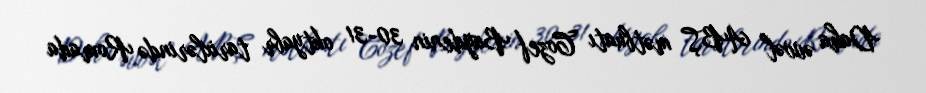
Daha əvvəl ABŞ mətbuatı Cozef Baydenin 30-31 oktyabr tarixlərində Romada